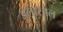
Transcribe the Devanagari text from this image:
इलोसाल